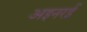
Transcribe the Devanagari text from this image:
अइनरई